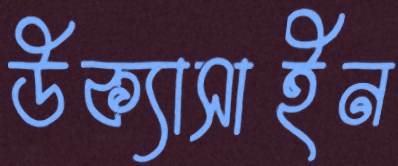
উক্যাসাইন